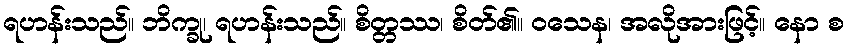
ရဟန်းသည်။ ဘိက္ခု၊ ရဟန်းသည်။ စိတ္တဿ၊ စိတ်၏။ ဝသေန၊ အလိုအားဖြင့်။ နော စ